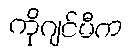
ကိုဂျင်မီက